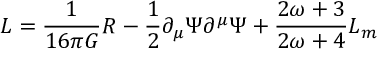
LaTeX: { \cal L } = \frac { 1 } { 1 6 \pi G } R - \frac { 1 } { 2 } \partial _ { \mu } \Psi \partial ^ { \mu } \Psi + \frac { 2 \omega + 3 } { 2 \omega + 4 } { \cal L } _ { m }